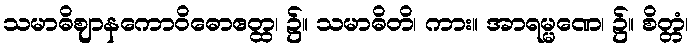
သမာဓိဈာနကောဝိဓောဧတ္ထ၊ ၌။ သမာဓိတိ၊ ကား။ အာရမ္မဏေ၊ ၌။ စိတ္တံ၊